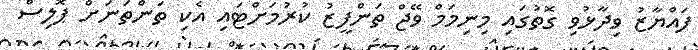
ފައްޔާޒު ވިދާޅުވި ގޮތުގައި މިނިމަމް ވޭޖް ތަންފީޒު ކުރުމަށްޓަައި އެކި ތަންތަނަށް ޕޮލިސް